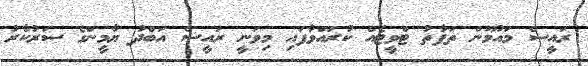
ރައީސް މައުމޫން ތަފާތު ޓްވީޓެއް ކުރައްވާފައި މިވަނީ ރައީސް އަބްދު ޔާމީންގެ ސަރުކާރު